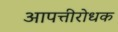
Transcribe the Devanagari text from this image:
आपत्तीरोधक